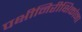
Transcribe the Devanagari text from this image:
पक्षीनिरीक्षिकांना